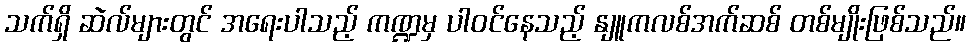
သက်ရှိ ဆဲလ်များတွင် အရေးပါသည့် ကဏ္ဍမှ ပါဝင်နေသည့် နျူကလစ်အက်ဆစ် တစ်မျိုးဖြစ်သည်။